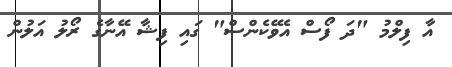
އާ ފިލްމު "ދަ ފޯސް އެވޭކެންސް" ގައި ފިޝާ އޭނާގެ ރޯލު އަލުން